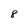
Character: 8